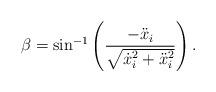
LaTeX: \begin{align*}\beta = \sin^{-1} \left( \frac{-\ddot{x}_i }{\sqrt{\dot{x}_i^2+\ddot{x}_i^2}} \right).\end{align*}